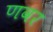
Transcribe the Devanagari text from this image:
णवर